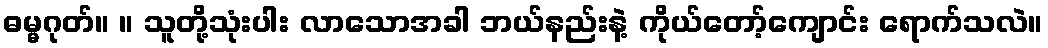
ဓမ္မဂုတ်။ ။ သူတို့သုံးပါး လာသောအခါ ဘယ်နည်းနဲ့ ကိုယ်တော့်ကျောင်း ရောက်သလဲ။